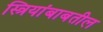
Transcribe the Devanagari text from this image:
स्त्रियांबाबतील